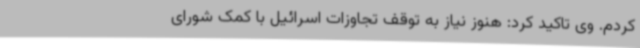
کردم. وی تاکید کرد: هنوز نیاز به توقف تجاوزات اسرائیل با کمک شورای